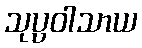
သုပ္ပဝါသာယ